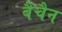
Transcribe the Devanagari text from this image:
बैचैन